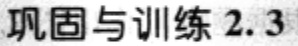
巩固与训练 2.3